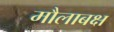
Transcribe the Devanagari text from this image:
मौलाबक्ष